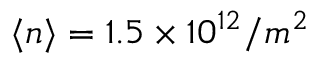
\langle n \rangle = 1 . 5 \times 1 0 ^ { 1 2 } / m ^ { 2 }